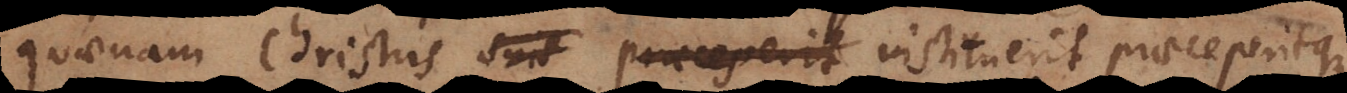
quaenam Christus suis praeceperit instituerit praeceperit